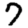
Digit: 7